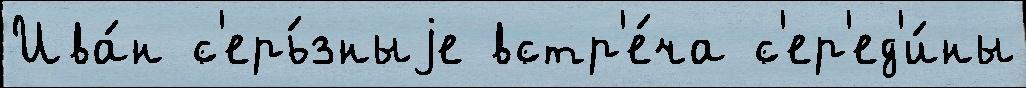
Ива́н с'ерь́зныjе встр'е́ча с'ер'ед'и́ны